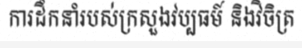
ការដឹកនាំរបស់ក្រសួងវប្បធម៍ និងវិចិត្រ